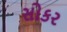
સોકર